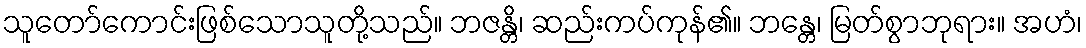
သူတော်ကောင်းဖြစ်သောသူတို့သည်။ ဘဇန္တိ၊ ဆည်းကပ်ကုန်၏။ ဘန္တေ၊ မြတ်စွာဘုရား။ အဟံ၊